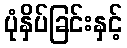
ပုံနှိပ်ခြင်းနှင့်